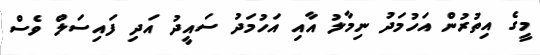
މީގެ އިތުރުން އަހުމަދު ނިމާލު އާއި އަހުމަދު ސައީދު އަދި ފައިސަލް ވެސް